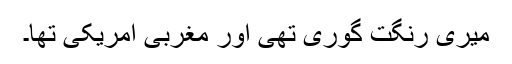
میری رنگت گوری تھی اور مغربی امریکی تھا۔